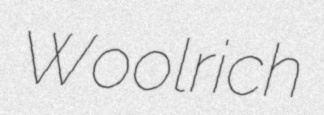
Woolrich